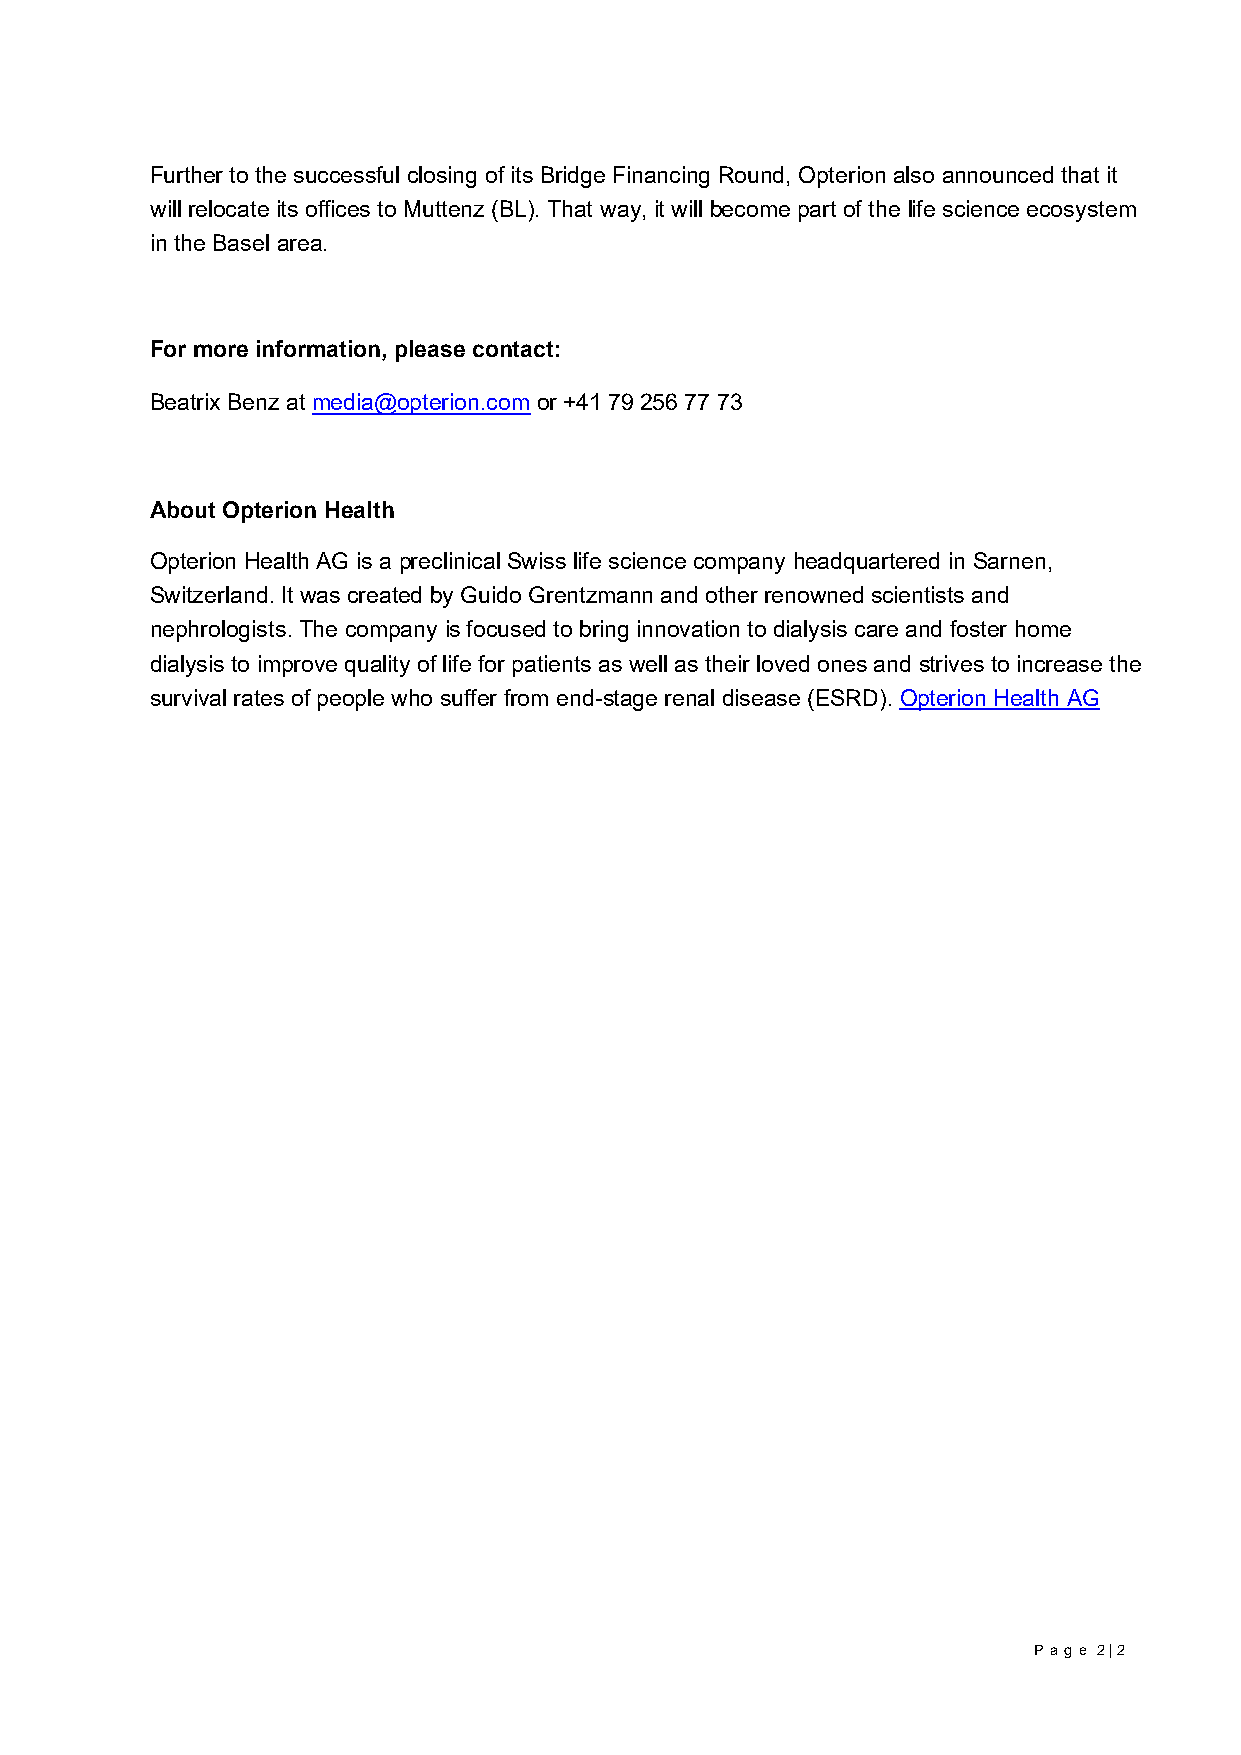
Further to the successful closing of its Bridge Financing Round, Opterion also announced that it
 will relocate its offices to Muttenz (BL). That way, it will become part of the life science ecosystem
 in the Basel area.
 For more information, please contact:
 Beatrix Benz at media@opterion.com or +41 79 256 77 73
 About Opterion Health
 Opterion Health AG is a preclinical Swiss life science company headquartered in Sarnen,
 Switzerland. It was created by Guido Grentzmann and other renowned scientists and
 nephrologists. The company is focused to bring innovation to dialysis care and foster home
 dialysis to improve quality of life for patients as well as their loved ones and strives to increase the
 survival rates of people who suffer from end-stage renal disease (ESRD). Opterion Health AG
 P age 2 | 2